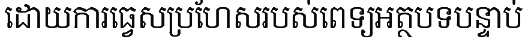
ដោយការធ្វេសប្រហែសរបស់ពេទ្យអត្ថបទបន្ទាប់